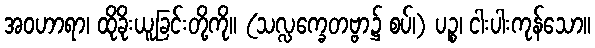
အဝဟာရာ၊ ထိုခိုးယူခြင်းတို့ကို။ (သလ္လက္ခေတဗ္ဗာ၌ စပ်၊) ပဉ္စ၊ ငါးပါးကုန်သော။